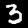
Label: 3